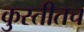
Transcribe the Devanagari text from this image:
कुस्तीतच